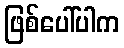
ဖြစ်ပေါ်ပါက